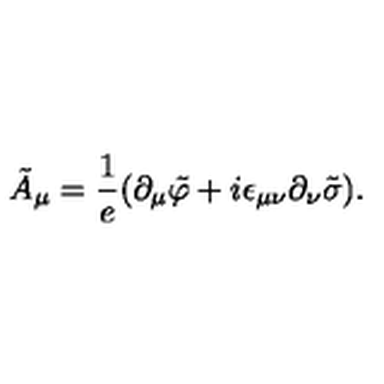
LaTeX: { \tilde { A } } _ { \mu } = \frac { 1 } { e } ( \partial _ { \mu } { \tilde { \varphi } } + i \epsilon _ { \mu \nu } \partial _ { \nu } { \tilde { \sigma } } ) .